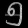
Digit: ၅